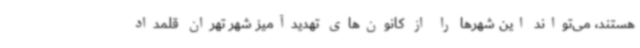
هستند، می‌تواند این شهرها را از کانون‌های تهدیدآمیز شهر تهران قلمداد